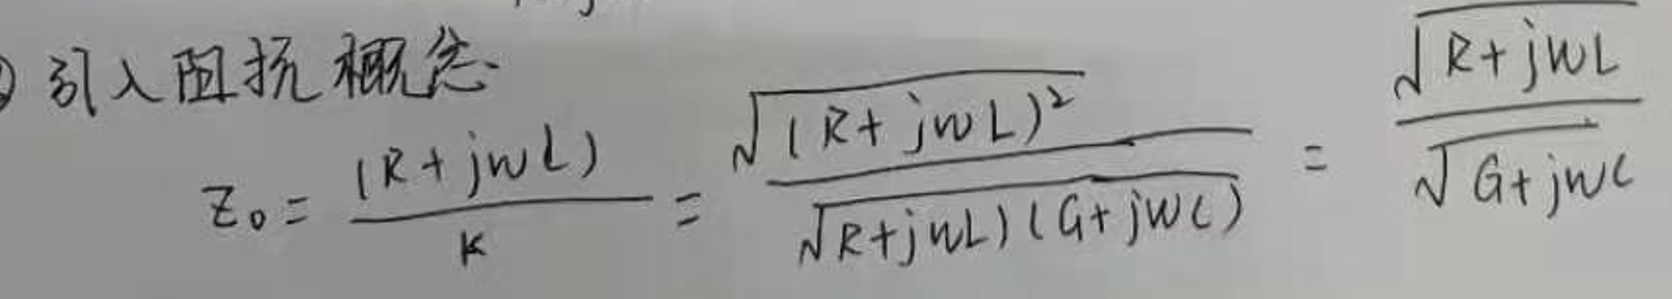
\[
Z_0 = \frac{(R + j\omega L)}{\kappa} = \frac{\sqrt{(R + j\omega L)^2}}{\sqrt{(R + j\omega L)(G + j\omega C)}} = \frac{\sqrt{R + j\omega L}}{\sqrt{G + j\omega C}}
\]